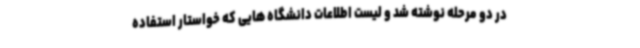
در دو مرحله نوشته شد و لیست اطلاعات دانشگاه هایی که خواستار استفاده